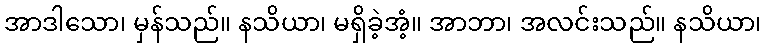
အာဒါသော၊ မှန်သည်။ နသိယာ၊ မရှိခဲ့အံ့။ အာဘာ၊ အလင်းသည်။ နသိယာ၊